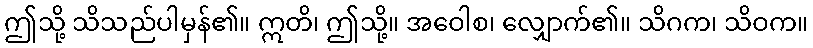
ဤသို့ သိသည်ပါမှန်၏။ ဣတိ၊ ဤသို့။ အဝေါစ၊ လျှောက်၏။ သိဂက၊ သိဝက။